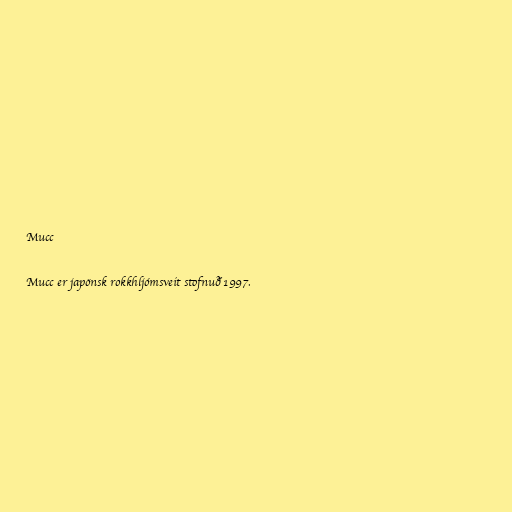
Mucc

Mucc er japönsk rokkhljómsveit stofnuð 1997.